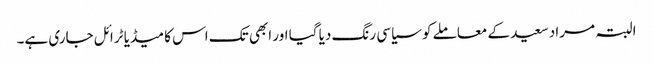
البتہ مراد سعید کے معاملے کو سیاسی رنگ دیا گیا اور ابھی تک اس کا میڈیا ٹرائل جاری ہے۔